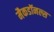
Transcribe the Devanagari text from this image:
मैकडॉनल्स